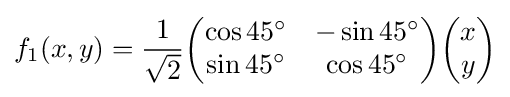
f_{1}(x,y)={\frac {1}{\sqrt {2}}}{\begin{pmatrix}\cos 45^{\circ }&-\sin 45^{\circ }\\\sin 45^{\circ }&\cos 45^{\circ }\end{pmatrix}}{\begin{pmatrix}x\\y\end{pmatrix}}